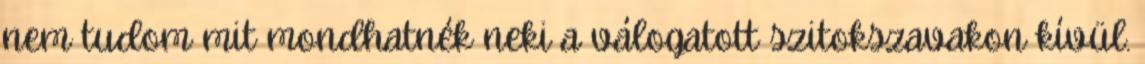
nem tudom mit mondhatnék neki a válogatott szitokszavakon kívül.